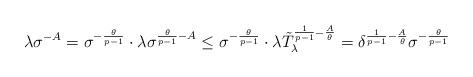
LaTeX: \begin{align*}\lambda\sigma^{-A}=\sigma^{-\frac{\theta}{p-1}}\cdot \lambda\sigma^{\frac{\theta}{p-1}-A}\le\sigma^{-\frac{\theta}{p-1}}\cdot \lambda \tilde{T}_\lambda^{\frac{1}{p-1}-\frac{A}{\theta}}=\delta^{\frac{1}{p-1}-\frac{A}{\theta}}\sigma^{-\frac{\theta}{p-1}}\end{align*}